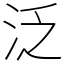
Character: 泛